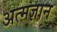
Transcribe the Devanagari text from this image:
अत्मज्ञान